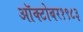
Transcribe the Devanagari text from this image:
ऑक्‍टोबर१९८३